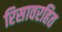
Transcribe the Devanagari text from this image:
रिसावरहित